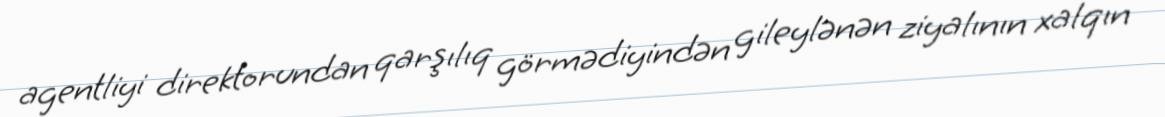
agentliyi direktorundan qarşılıq görmədiyindən gileylənən ziyalının xalqın